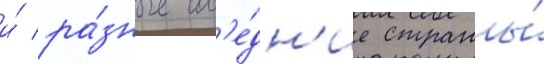
и́ ра́зные сос'е́дн'ие страны́